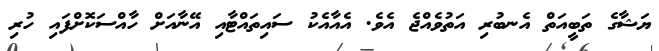
ޔަޝާގެ ތަބީއަތް އެނބުރި އަތުވެއްޖެ އެވެ. އެއާއެކު ސައިތައްޓާއި އޭނާއަށް ހާއްސަކޮށްފައި ހުރި